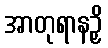
အာတုရာနဉှိ